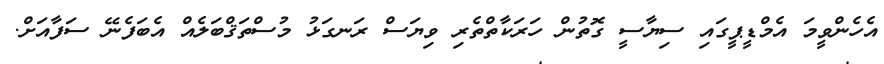
އެހެންވީމަ އެމްޑީޕީގައި ސިޔާސީ ގޮތުން ހަރަކާތްތެރި ވިޔަސް ރަނގަޅު މުސްތަޤްބަލެއް އެބަފެނޭ ސަފާއަށް.